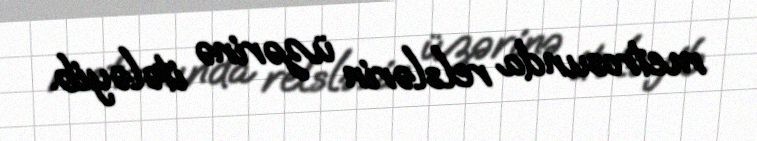
metrosunda relslərin üzərinə itələyib.